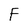
Character: F